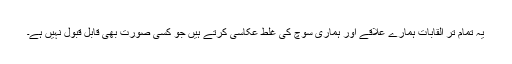
یہ تمام تر القابات ہمارے علاقے اور ہماری سوچ کی غلط عکاسی کرتے ہیں جو کسی صورت بھی قابل قبول نہیں ہے۔